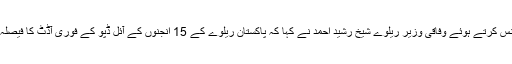
فیصل آباد نان اسٹاپ ایکسپریس ٹرین کے افتتاح اور بعد ازاں ریلوے ہیڈ کوارٹرز میں پریس کانفرنس کرتے ہوئے وفاقی وزیر ریلوے شیخ رشید احمد نے کہا کہ پاکستان ریلوے کے 15 انجنوں کے آئل ڈپو کے فوری آڈٹ کا فیصلہ کیا ہے، اپنے اخراجات میں کمی اور منافع میں اضافہ کرنا ہمارا ہدف ہے، جسے پورا کریں گے۔